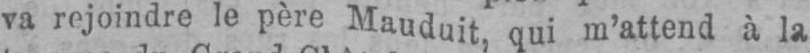
va rejoindre le père Mauduit, qui m’attend à la